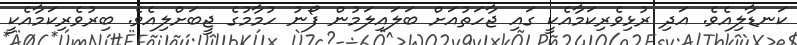
ކަނޑާލިއެވެ. އަދި ރުޅިވެރިކަމާއެކީ ގައި ޖާހަތުއަށް ބަލައިލަމުން ފޯނު ހުމާމުގެ ޖީބަށްލިއެވެ. ބިރުވެރިކަމާއެކީ